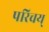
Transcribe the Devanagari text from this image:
परिचय्